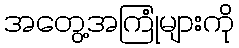
အတွေ့အကြုံများကို